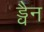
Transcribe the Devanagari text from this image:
ड्वैन